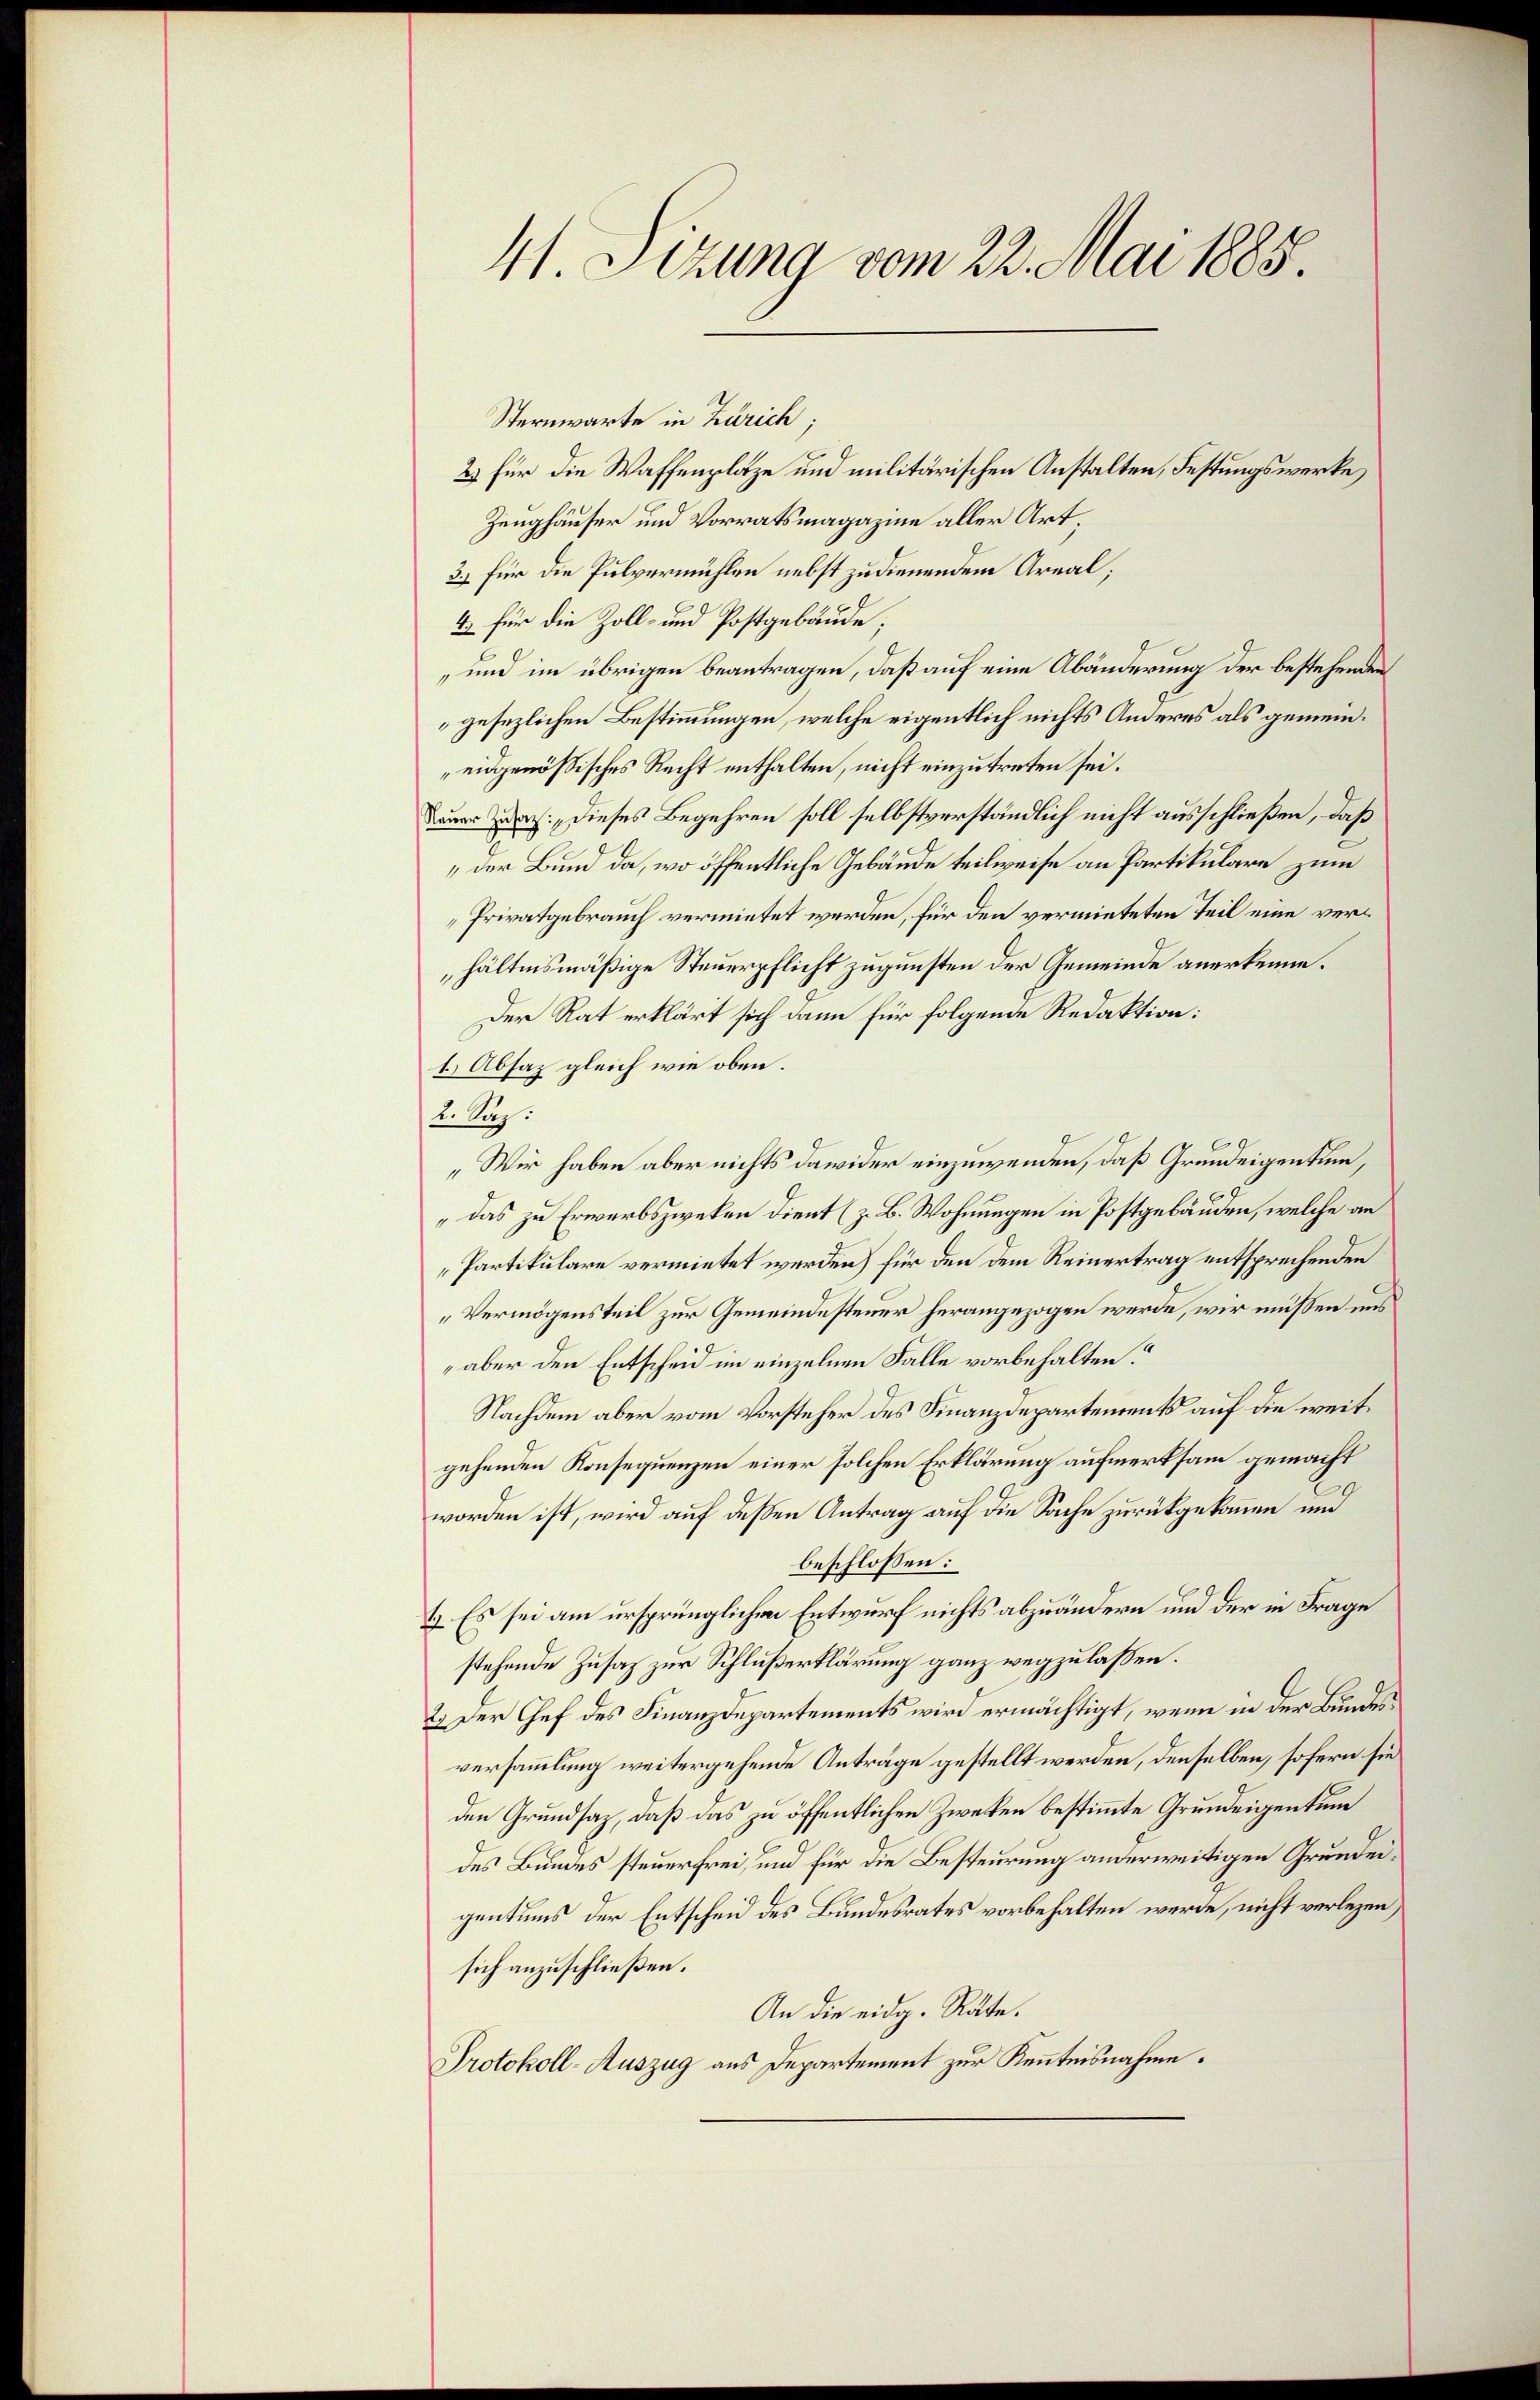
41. Sitzung vom 22. Mai 1885.

Sternwarte in Zürich.
2) Für die Waffenplatze und militärischen Anstalten, Festungswerke
Zeughäuser und Vorratsmagazine aller Art
3.) für die Pulvermühlen nebst zudienendem Areal;
4. für die Zoll- und Postgebäude;
und im übrigen beantragen, daß auf eine Abänderung der bestehenden
gesezlichen Bestimmungen, welche eigentlich nichts Anderes als gemeineidgenössisches Recht enthalten, nicht einzutreten sei.
Dauer da. Dieses Begehren soll selbstverständlich nicht ausschließen, daß
der Bund da, wo öffentliche Gebäude teilweise an Partikulare zum
Privatgebrauch vermietet werden, für den vermieteten Teil eine verhältnismäßige Steuerpflicht zugunsten der Gemeinde anerkenne.
Der Rat erklärt sich dann für folgende Redaktion:
1.) Absaz gleich wie oben.
2. Sep.
„Wir haben aber nichts dawider einzuwenden, daß Grundeigentum,
"das zu Erwerbszweken dient (z. B. Wohnungen in Postgebäuden, welche an
Partikulare vermietet werden) für den dem Reinertrag entsprechenden
Vermögensteil zur Gemeindesteuer herangezogen werde, wir müssen uns
aber den Entscheid im einzelnen Falle vorbehalten?
Nachdem aber vom Vorsteher des Finanzdepartements auf die weitgehenden Konsequenzen einer solchen Erklärung aufmerksam gemacht
worden ist, wird auf dessen Antrag auf die Sache zurückgekommen, um
beschlossen:
1.) Es sei am ursprünglichen Entwurf nichts abzuändern und der in Frage
stehende Zusaz zur Schlußerklärung ganz wegzulaßen.
2. Der Chef des Finanzdepartements wird ermächtigt, wenn in der Bundesversammlung weitergehende Anträge gestellt werden, denselben, sofern sie
den Grundsaz, daß das zu öffentlichen Zwecken bestimmte Grundeigentum
des Bundes steuerfrei, und für die Besteurung anderweitigen Grundeigentums der Entscheid des Bundesrates vorbehalten werde, nicht verlegen,
sich anzuschließen.
An die eidg. Räte.
Protokoll-Auszug aus Departement zur Kenntnisnahme.